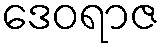
ဒေဝရာဇ